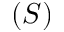
( S )